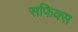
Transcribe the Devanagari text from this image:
सफिक्स